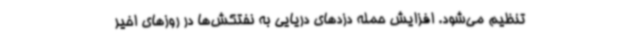
تنظیم می‌شود. افزایش حمله دزدهای دریایی به نفتکش‌ها در روزهای اخیر